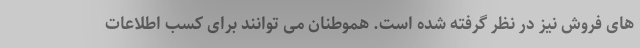
های فروش نیز در نظر گرفته شده است. هموطنان می توانند برای کسب اطلاعات